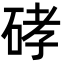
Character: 硣